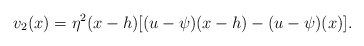
\begin{align*}v_{2}(x)= \eta^{2}(x-h) [(u-\psi)(x-h)-(u-\psi)(x)]. \end{align*}